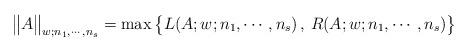
LaTeX: \begin{align*}\big\|A\big\|_{w;n_1,\cdots,n_s} =\max\big\{ L(A;w;n_1,\cdots,n_s)\,,\,R(A;w;n_1,\cdots,n_s)\big\}\end{align*}